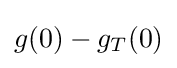
g(0)-g_{T}(0)